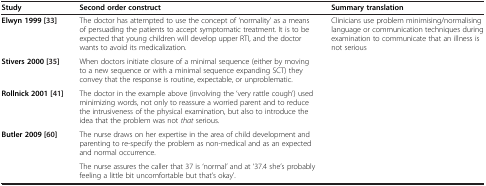
| Study | Second order construct | Summary translation |
 | --- | --- | --- |
 | Elwyn 1999 [33] | The doctor has attempted to use the concept of ‘normality’ as a means of persuading the patients to accept symptomatic treatment. It is to be expected that young children will develop upper RTI, and the doctor wants to avoid its medicalization. | <ROWSPAN=5> Clinicians use problem minimising/normalising language or communication techniques during examination to communicate that an illness is not serious |
 | Stivers 2000 [35] | When doctors initiate closure of a minimal sequence (either by moving to a new sequence or with a minimal sequence expanding SCT) they convey that the response is routine, expectable, or unproblematic. |
 | Rollnick 2001 [41] | The doctor in the example above (involving the ‘very rattle cough’) used minimizing words, not only to reassure a worried parent and to reduce the intrusiveness of the physical examination, but also to introduce the idea that the problem was not that serious. |
 | <ROWSPAN=2> Butler 2009 [60] | The nurse draws on her expertise in the area of child development and parenting to re-specify the problem as non-medical and as an expected and normal occurrence. |
 | The nurse assures the caller that 37 is ‘normal’ and at ‘37.4 she’s probably feeling a little bit uncomfortable but that’s okay’. |